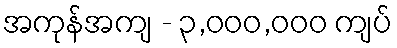
အကုန်အကျ - ၃,၀၀၀,၀၀၀ ကျပ်